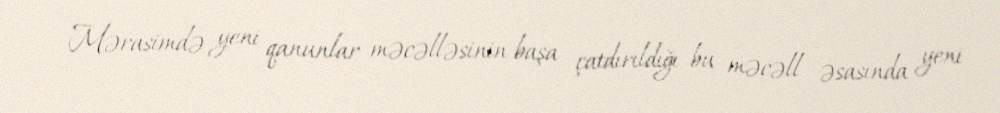
Mərasimdə yeni qanunlar məcəlləsinin başa çatdırıldığı bu məcəll əsasında yeni